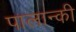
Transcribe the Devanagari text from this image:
पालान्की